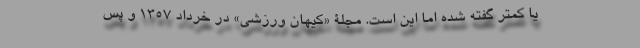
یا کمتر گفته شده اما این است. مجلۀ «کیهان ورزشی» در خرداد 1357 و پس